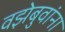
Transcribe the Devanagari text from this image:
वझेबुवांना